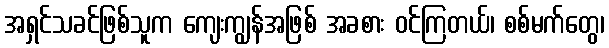
အရှင်သခင်ဖြစ်သူက ကျေးကျွန်အဖြစ် အခစား ဝင်ကြတယ်၊ စစ်မက်တွေ၊